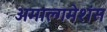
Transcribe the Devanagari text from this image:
अमाल्गमेशंस